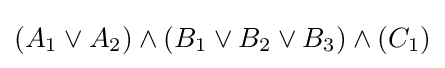
(A_{1}\lor A_{2})\land (B_{1}\lor B_{2}\lor B_{3})\land (C_{1})